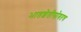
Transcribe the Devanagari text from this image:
भातशेतीसोबतच